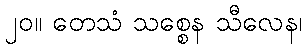
၂၀။ တေသံ သစ္စေန သီလေန၊